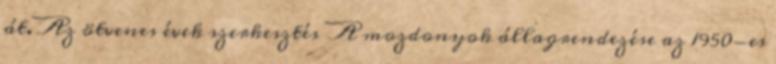
át. Az ötvenes évek szerkesztés A mozdonyok állagrendezése az 1950-es